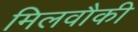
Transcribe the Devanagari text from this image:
मिलवौकी